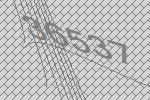
36537